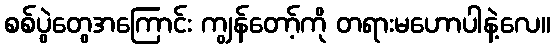
စစ်ပွဲတွေအကြောင်း ကျွန်တော့်ကို တရားမဟောပါနဲ့လေ။